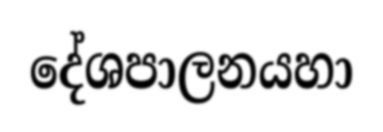
දේශපාලනයහා